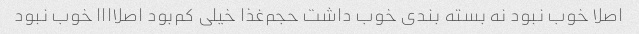
اصلا خوب نبود نه بسته بندی خوب داشت حجم‌غذا خیلی کم‌بود اصلاااا خوب نبود